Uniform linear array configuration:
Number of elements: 64
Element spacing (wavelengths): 0.25
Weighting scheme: kaiser
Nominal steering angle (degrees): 45
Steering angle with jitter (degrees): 43.389
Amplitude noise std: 0.05
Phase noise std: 0.05

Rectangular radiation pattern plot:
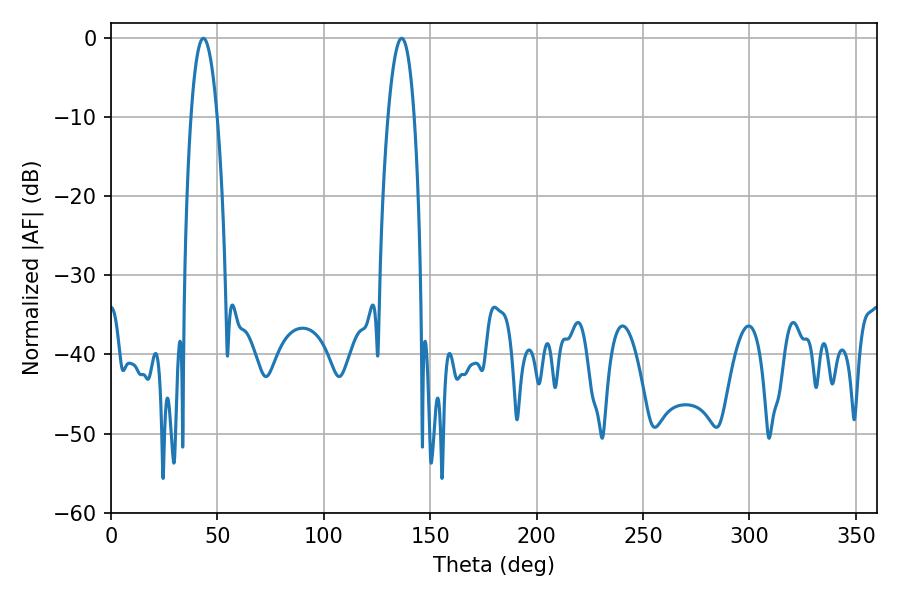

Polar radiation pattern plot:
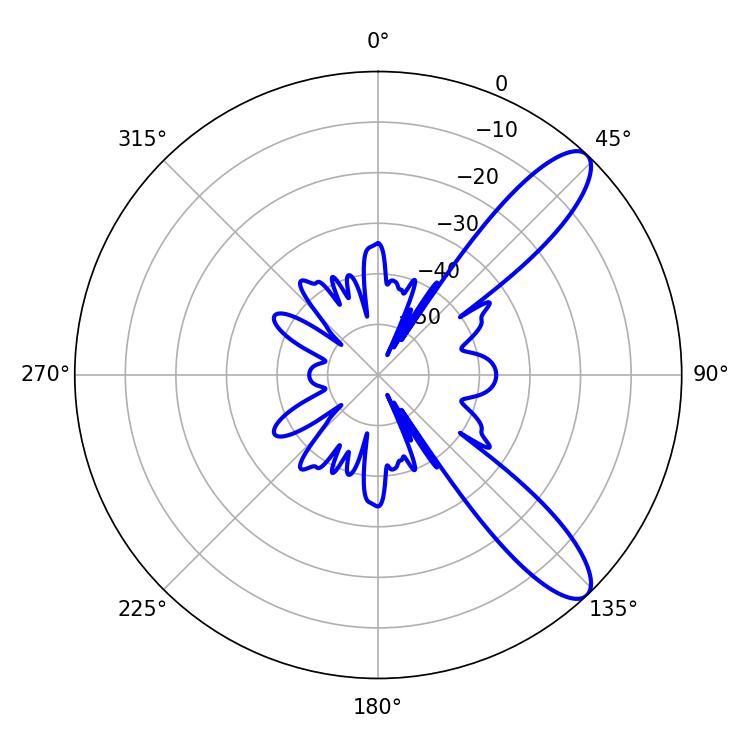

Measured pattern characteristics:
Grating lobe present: FALSE
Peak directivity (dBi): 10.551
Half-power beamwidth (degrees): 6.84
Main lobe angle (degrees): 43.38